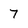
Character: 7